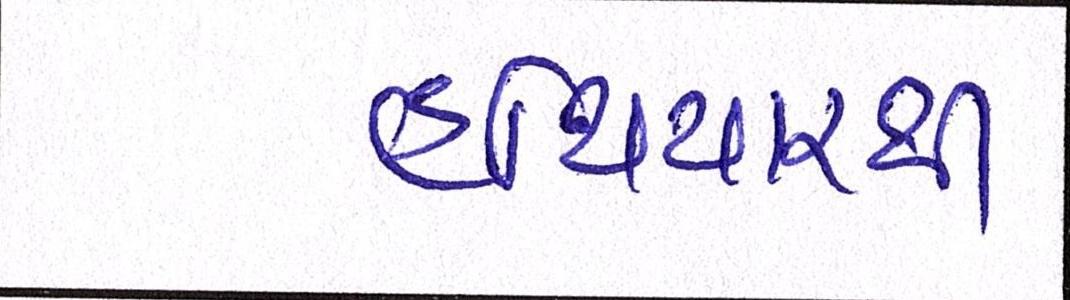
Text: હથિયારથી